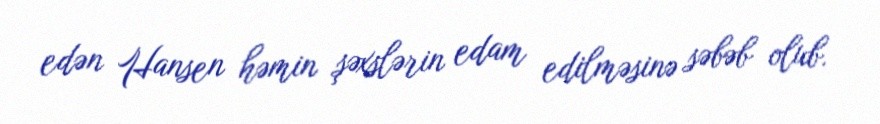
edən Hansen həmin şəxslərin edam edilməsinə səbəb olub.